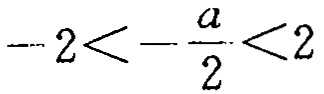
\(-2<-\frac{a}{2}<2\)